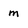
Character: m